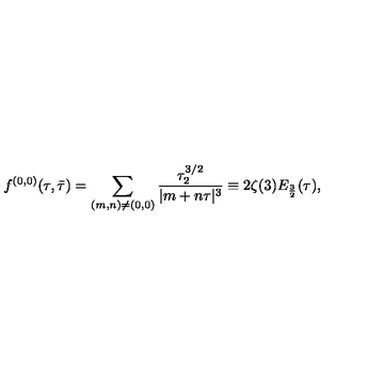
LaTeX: { f ^ { ( 0 , 0 ) } ( \tau , \bar { \tau } ) = \sum _ { ( m , n ) \ne ( 0 , 0 ) } { \frac { \tau _ { 2 } ^ { 3 / 2 } } { | m + n \tau | ^ { 3 } } } \equiv 2 \zeta ( 3 ) E _ { \frac { 3 } { 2 } } ( \tau ) , }